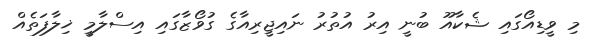
މި ވީޑިއޯގައި ޝެކާއޫ ބުނީ އިރު އުތުރު ނައިޖީރިއާގެ ގުވޯޒާގައި އިސްލާމީ ޚިލާފަތެއް